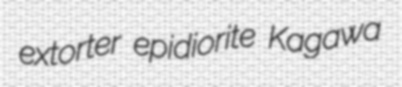
extorter epidiorite Kagawa